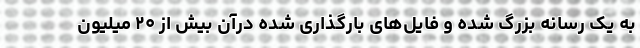
به یک رسانه بزرگ شده و فایل‌های بارگذاری شده درآن بیش از ۲۰ میلیون